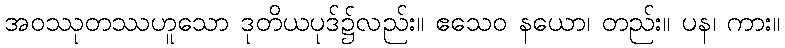
အဝဿုတဿဟူသော ဒုတိယပုဒ်၌လည်း။ ဧသေဝ နယော၊ တည်း။ ပန၊ ကား။